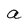
Character: a